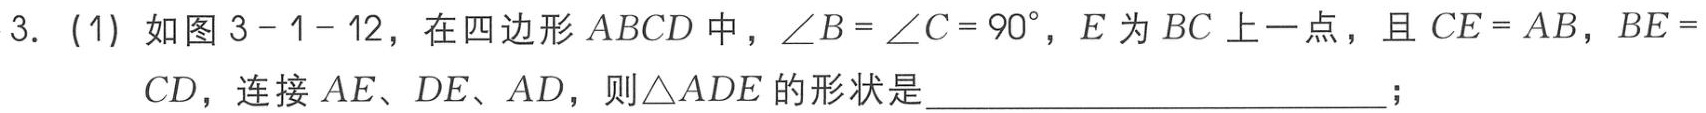
3. (1) 如图3 - 1 - 12，在四边形$ABCD$中，$\angle B = \angle C = 90^{\circ}$，$E$为$BC$上一点，且$CE = AB$，$BE = CD$，连接$AE$、$DE$、$AD$，则$\triangle ADE$的形状是____________________________；